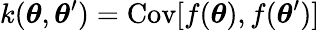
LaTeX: k(\boldsymbol{\theta},\boldsymbol{\theta}^{\prime})=\mathrm{Cov}[f(\boldsymbol{\theta}),f(\boldsymbol{\theta}^{\prime})]